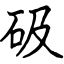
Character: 砐